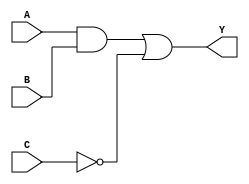
module combinational_logic_block (
    input wire A,      // Input signal A
    input wire B,      // Input signal B
    input wire C,      // Input signal C
    output wire Y      // Output signal Y
);

// Internal signals for intermediate logic
wire AND1_out;
wire OR1_out;
wire NOT_C;

// Implementing the logic function: Y = (A AND B) OR (NOT C)
assign AND1_out = A & B;      // AND gate: A AND B
assign NOT_C = ~C;             // NOT gate: NOT C
assign OR1_out = AND1_out | NOT_C; // OR gate: (A AND B) OR (NOT C)
assign Y = OR1_out;            // Final output assignment

endmodule